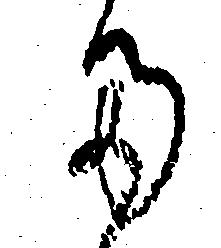
た